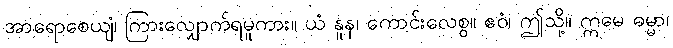
အာရောစေယျံ၊ ကြားလျှောက်ရမူကား။ ယံ နူန၊ ကောင်းလေစွ။ ဧဝံ၊ ဤသို့။ ဣမေ ဓမ္မာ၊